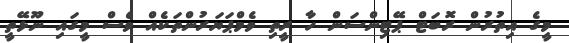
މީގެ އިތުރުން ރޮބަޓް ޕޭޓިންސަން ހާ ރީތި ވެމްޕަޔަރުންތަކެއް ވެސް މީގައި ނޫޅޭތީ